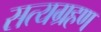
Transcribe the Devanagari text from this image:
सत्यग्रहण